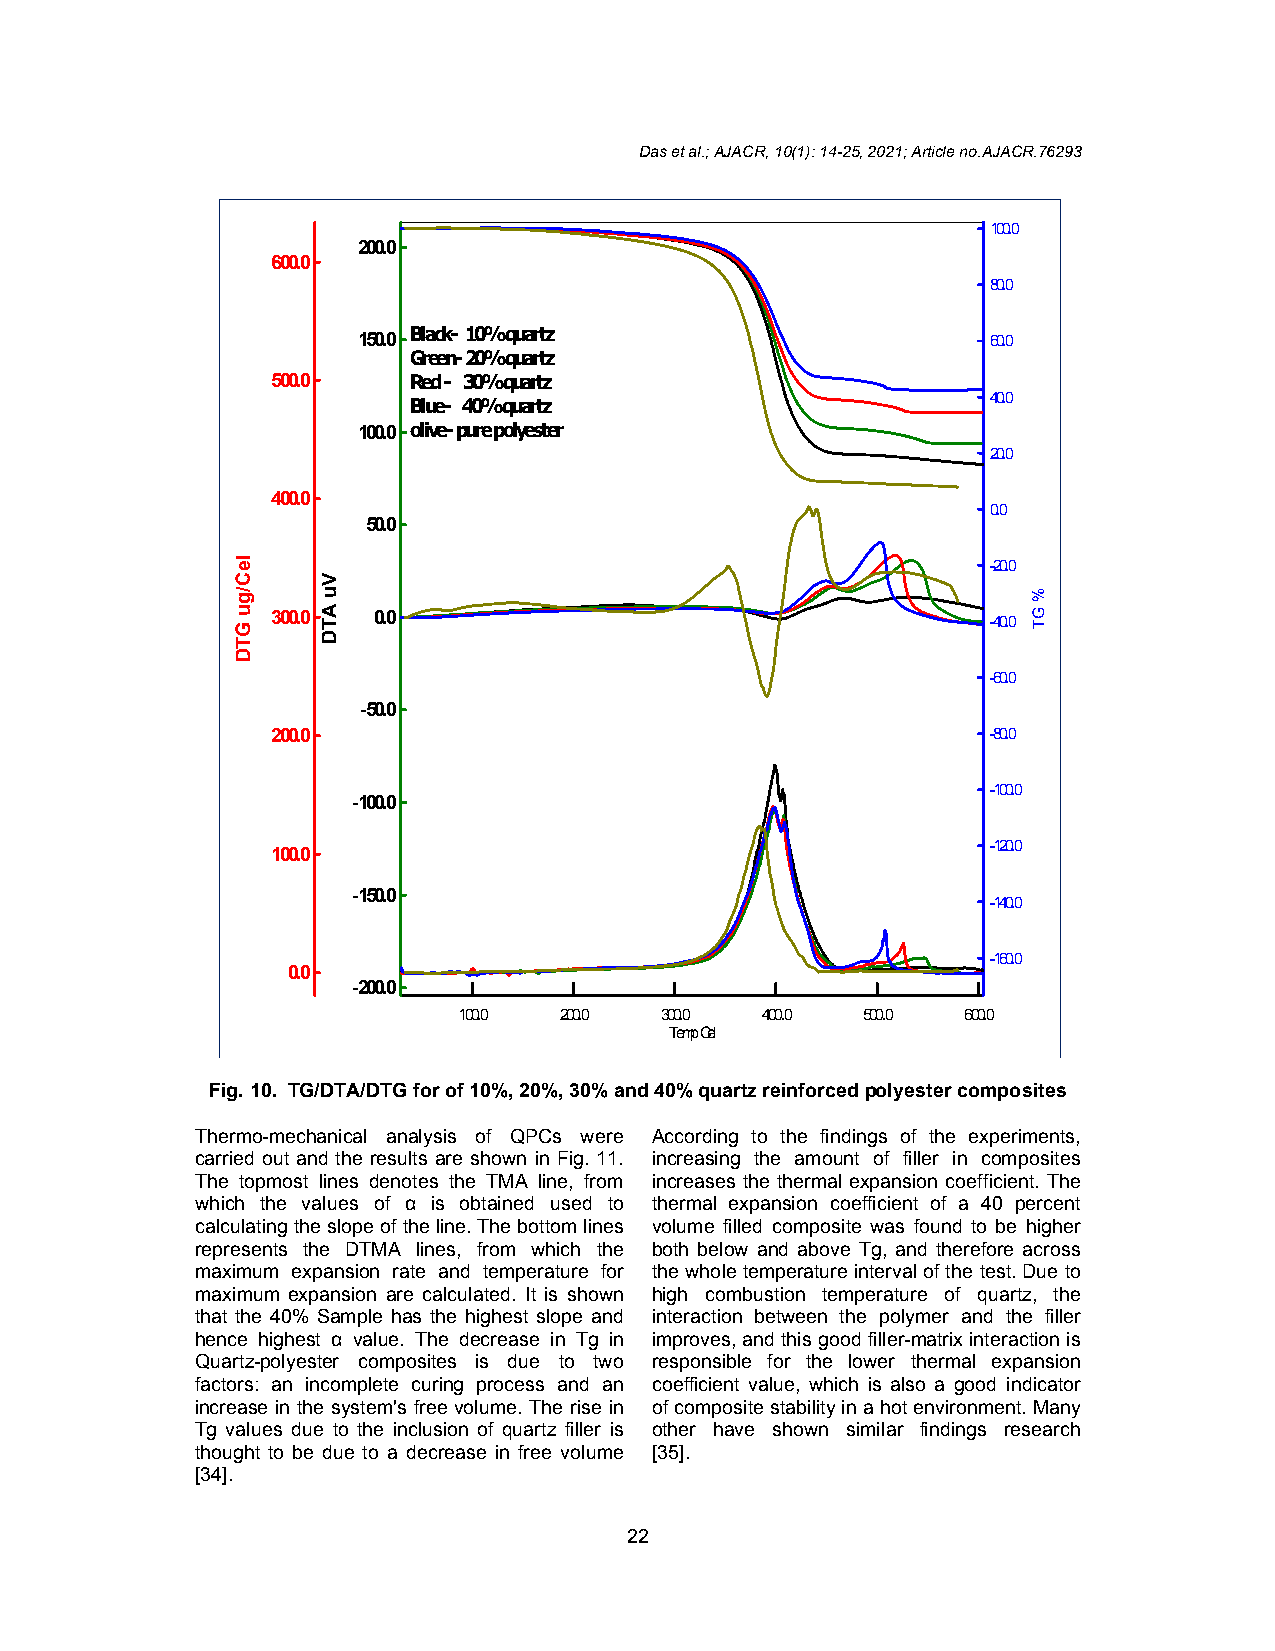
Das et al.; AJACR, 10(1): 14-25, 2021; Article no.AJACR.76293
 100.0
 200.0
 600.0
 80.0
 150.0 Black- 10% quartz                   60.0
 Green- 20% quartz
 500.0    Red - 30% quartz
 40.0
 Blue- 40% quartz
 100.0 olive- pure polyester
 20.0
 400.0
 0.0
 50.0
 -20.0
 300.0  0.0                                      -40.0
 -60.0
 -50.0
 200.0                                           -80.0
 -100.0
 -100.0
 100.0                                           -120.0
 -150.0
 -140.0
 -160.0
 0.0
 -200.0
 100.0  200.0  300.0 400.0  500.0  600.0
 Temp Cel
 Fig. 10. TG/DTA/DTG for of 10%, 20%, 30% and 40% quartz reinforced polyester composites
 Thermo-mechanical analysis of QPCs were According to the findings of the experiments,
 carried out and the results are shown in Fig. 11. increasing the amount of filler in composites
 The topmost lines denotes the TMA line, from increases the thermal expansion coefficient. The
 which the values of α is obtained used to thermal expansion coefficient of a 40 percent
 calculating the slope of the line. The bottom lines volume filled composite was found to be higher
 represents the DTMA lines, from which the both below and above Tg, and therefore across
 maximum expansion rate and temperature for the whole temperature interval of the test. Due to
 maximum expansion are calculated. It is shown high combustion temperature of quartz, the
 that the 40% Sample has the highest slope and interaction between the polymer and the filler
 hence highest α value. The decrease in Tg in improves, and this good filler-matrix interaction is
 Quartz-polyester composites is due to two responsible for the lower thermal expansion
 factors: an incomplete curing process and an coefficient value, which is also a good indicator
 increase in the system's free volume. The rise in of composite stability in a hot environment. Many
 Tg values due to the inclusion of quartz filler is other have shown similar findings research
 thought to be due to a decrease in free volume [35].
 [34].
 22
 leC/gu
 GTD
 Vu
 ATD
 %
 GT